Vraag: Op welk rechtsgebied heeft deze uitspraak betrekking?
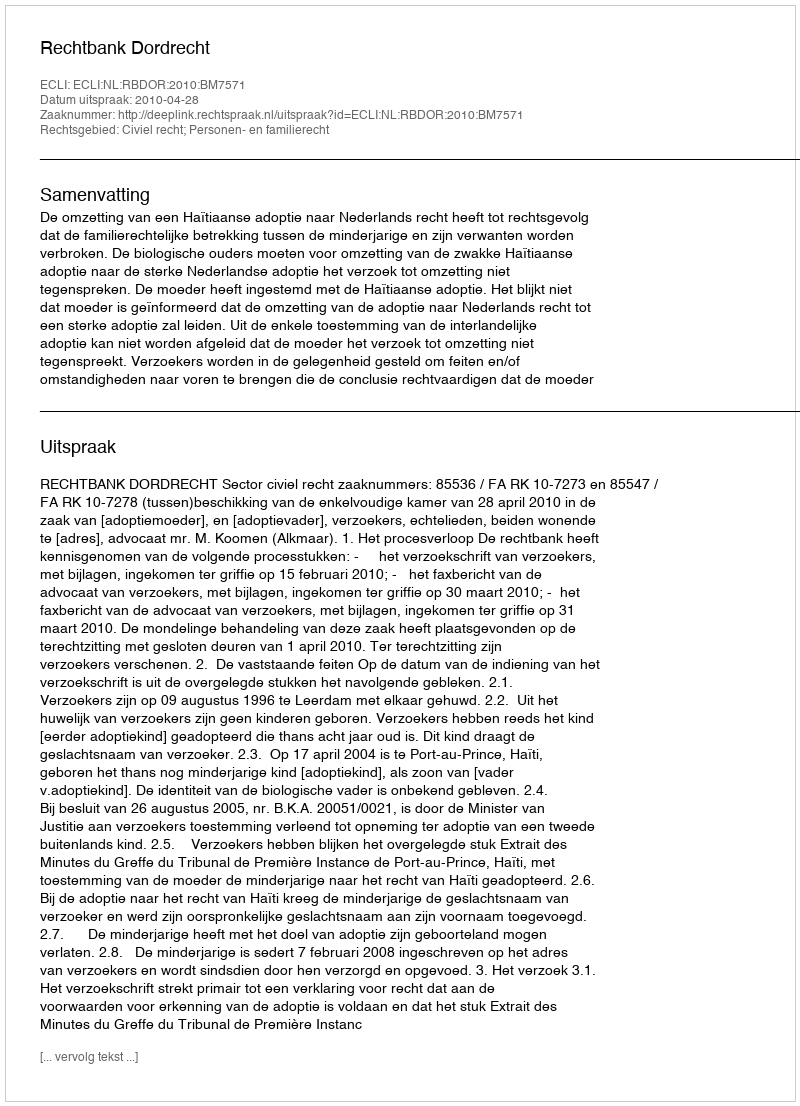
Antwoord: Civiel recht; Personen- en familierecht